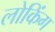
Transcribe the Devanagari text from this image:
लोकिंग